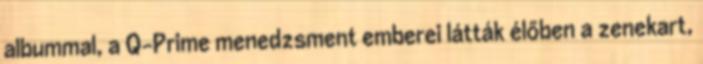
albummal, a Q-Prime menedzsment emberei látták élőben a zenekart,